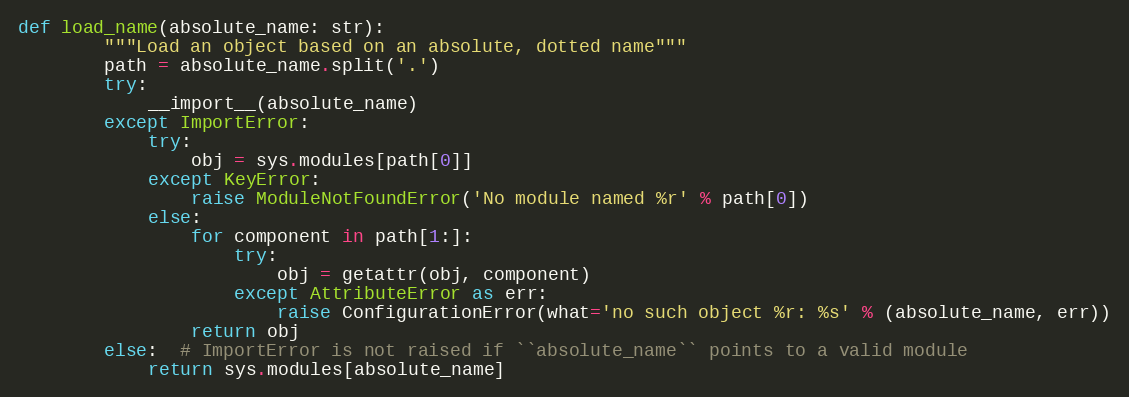
Language: Python
def load_name(absolute_name: str):
        """Load an object based on an absolute, dotted name"""
        path = absolute_name.split('.')
        try:
            __import__(absolute_name)
        except ImportError:
            try:
                obj = sys.modules[path[0]]
            except KeyError:
                raise ModuleNotFoundError('No module named %r' % path[0])
            else:
                for component in path[1:]:
                    try:
                        obj = getattr(obj, component)
                    except AttributeError as err:
                        raise ConfigurationError(what='no such object %r: %s' % (absolute_name, err))
                return obj
        else:  # ImportError is not raised if ``absolute_name`` points to a valid module
            return sys.modules[absolute_name]